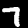
Label: 7